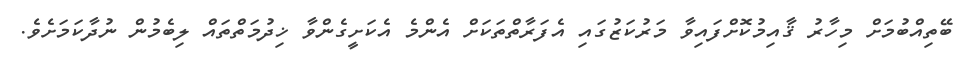
ބޭތިއްބުމަށް މިހާރު ޤާއިމުކޮށްފައިވާ މަރުކަޒުގައި އެފަރާތްތަކަށް އެންމެ އެކަށީގެންވާ ޚިދުމަތްތައް ލިބެމުން ނުދާކަމަށެވެ.